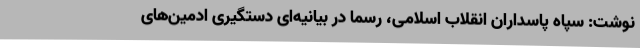
نوشت: سپاه پاسداران انقلاب اسلامی، رسما در بیانیه‌ای دستگیری ادمین‌های